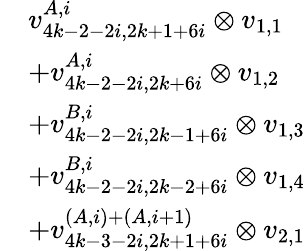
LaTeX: \begin{array}{rl}&{v_{4k-2-2i,2k+1+6i}^{A,i}\otimes v_{1,1}}\\ &{+v_{4k-2-2i,2k+6i}^{A,i}\otimes v_{1,2}}\\ &{+v_{4k-2-2i,2k-1+6i}^{B,i}\otimes v_{1,3}}\\ &{+v_{4k-2-2i,2k-2+6i}^{B,i}\otimes v_{1,4}}\\ &{+v_{4k-3-2i,2k+1+6i}^{(A,i)+(A,i+1)}\otimes v_{2,1}}\end{array}